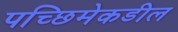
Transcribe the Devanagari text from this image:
पच्छिमेकडील